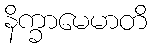
နိက္ခာမေမာတိ